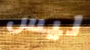
ليس